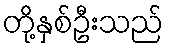
တို့နှစ်ဦးသည်